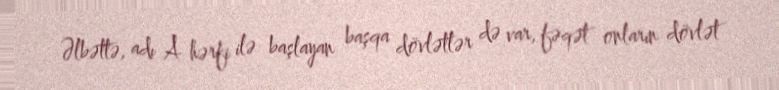
Əlbəttə, adı A hərfi ilə başlayan başqa dövlətlər də var, fəqət onların dövlət